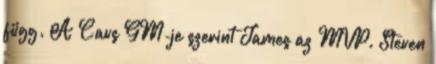
függ. A Cavs GM-je szerint James az MVP. Steven